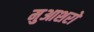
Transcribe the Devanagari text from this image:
मुआशरों